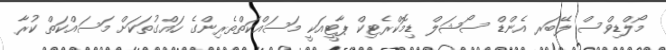
މޯލްޑިވްސް ލޭބަރ އެންޑް ސޯޝަލް ޑިމޮކްރެޓިކް ޕާޓީއަކީ މަސައްކަތްތެރިންގެ ހައްގުތަކަށް މަސައްކަތް ކުރާ